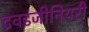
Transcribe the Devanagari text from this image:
द्रवइंजीनियरी